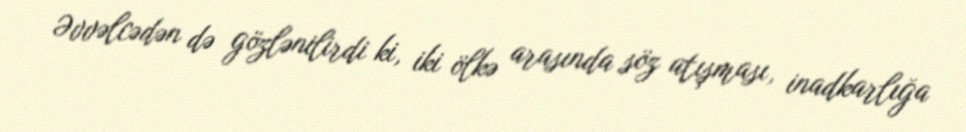
Əvvəlcədən də gözlənilirdi ki, iki ölkə arasında söz atışması, inadkarlığa